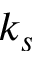
k _ { s }